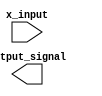
module x_based_case_statement (
    input wire x_input,
    output reg [3:0] output_signal
);

always @(*)
begin
    case (x_input)
        4'b000X: output_signal <= 4'b0000;
        4'b001X: output_signal <= 4'b0001;
        4'b01XX: output_signal <= 4'b0010;
        4'b1XXX: output_signal <= 4'b0011;
        default: output_signal <= 4'b1111;
    endcase
end

endmodule